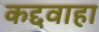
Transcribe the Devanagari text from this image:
कद्दवाहा